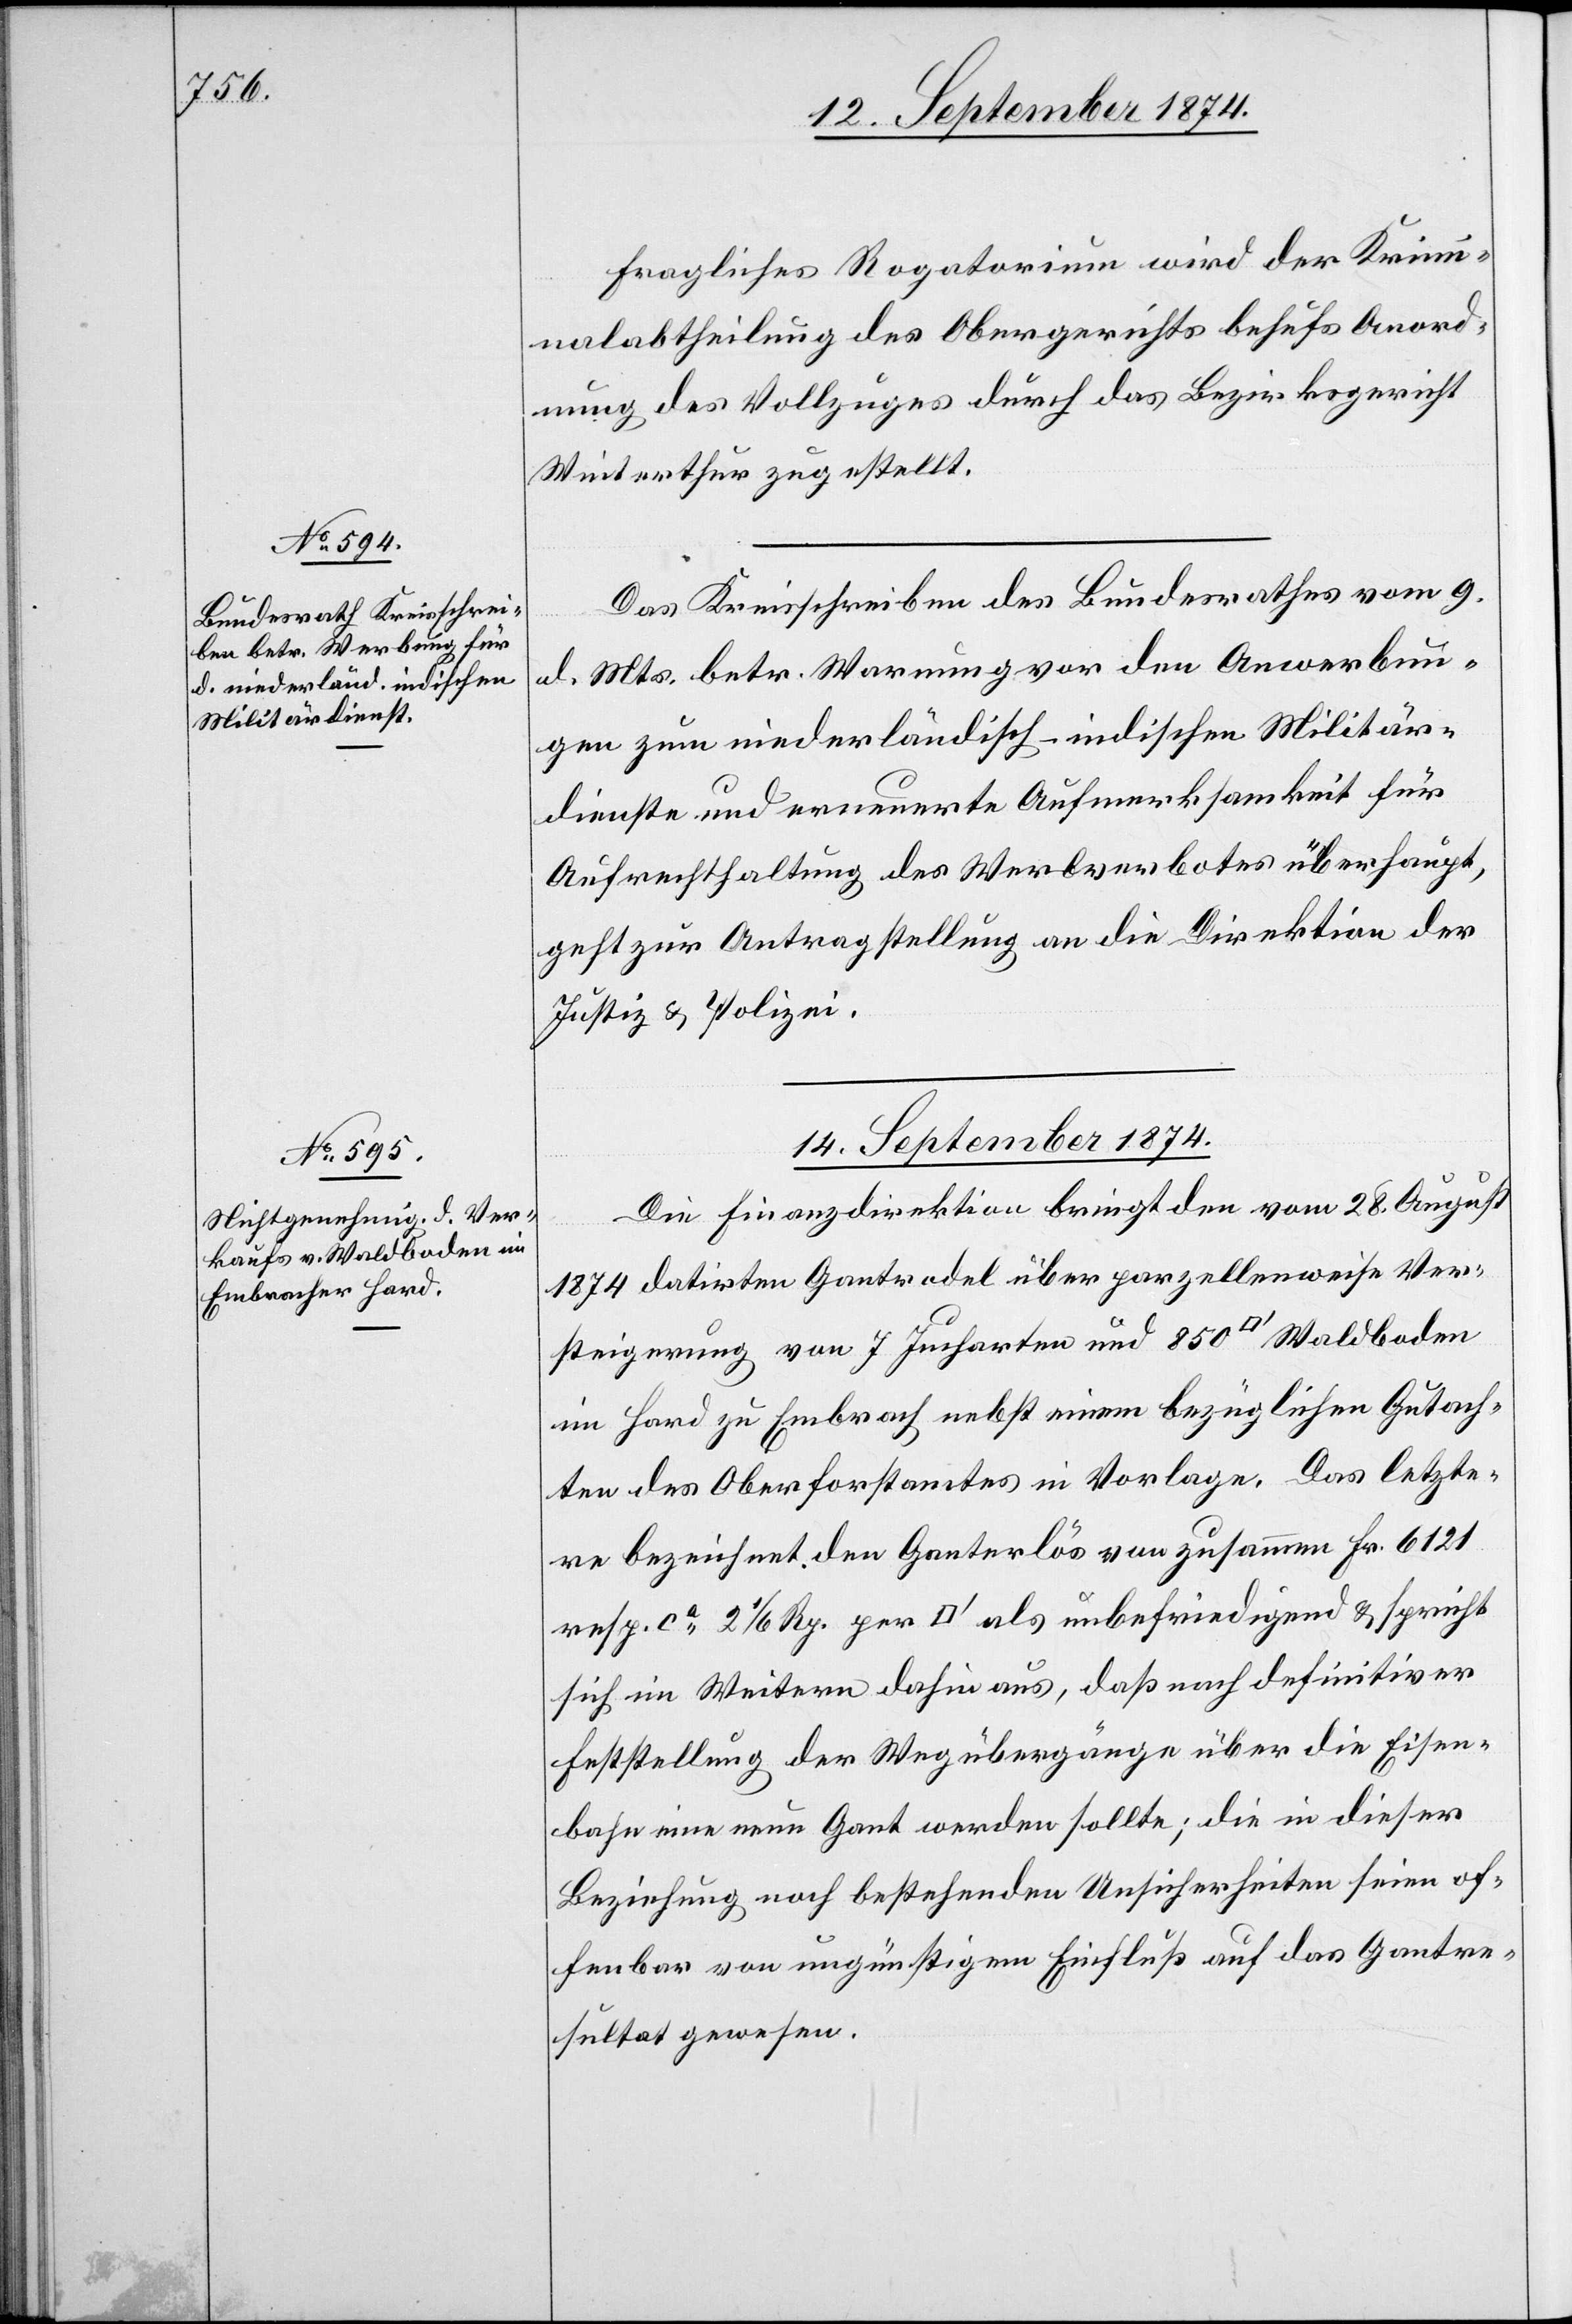
12. September 1874.]
Fragliches Rogatorium wird der Krimi¬
nalabtheilung des Obergerichts behufs Anord¬
nung des Vollzuges durch das Bezirksgericht
Winterthur zugestellt.
Das Kreisschreiben des Bundesrathes vom 9.
d. Mts. betr. Warnung vor den Anwerbun¬
gen zum niederländisch-indischen Militär¬
dienste und erneuerte Aufmerksamkeit für
Aufrechthaltung des Werbeverbotes überhaupt,
geht zur Antragstellung an die Direktion der
Justiz & Polizei.
14. September 1874.
Die Finanzdirektion bringt den vom 28. August
1874 datirten Gantrodel über parzellenweise Ver¬
steigerung von 7 Jucharten und 850 [Quadratfuß] Waldboden
in Hard zu Embrach nebst einem bezüglichen Gutach¬
ten des Oberforstamtes in Vorlage. Das letzte¬
re bezeichnet den Ganterlös von zusammen Fr. 6121
resp. ca 2 1/2 Rp. per [Quadratfuß] als unbefriedigend & spricht
sich im Weitern dahin aus, daß nach definitiver
Feststellung der Wegübergänge über die Eisen¬
bahn eine neue Gant werden sollte; die in dieser
Beziehung noch bestehenden Unsicherheiten seien of¬
fenbar von ungünstigem Einfluß auf das Gantre¬
sultat gewesen.